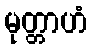
မုတ္တာဟံ